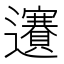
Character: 𨙇